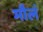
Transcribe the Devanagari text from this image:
मौलं